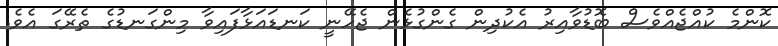
ކޮންމެ ކުއްޖެއްވެސް ބޮޑުވާއިރު އެކުދިން ގެންގުޅެން ޖެހޭނީ ކަނޑައަޅާފައިވާ މިންގަނޑުގެ ތެރޭގަ އެވެ.